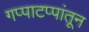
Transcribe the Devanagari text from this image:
गप्पाटप्पांतून